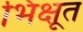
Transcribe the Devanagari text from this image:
भिक्षूत